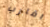
اقارب